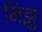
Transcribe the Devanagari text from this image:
मिझु